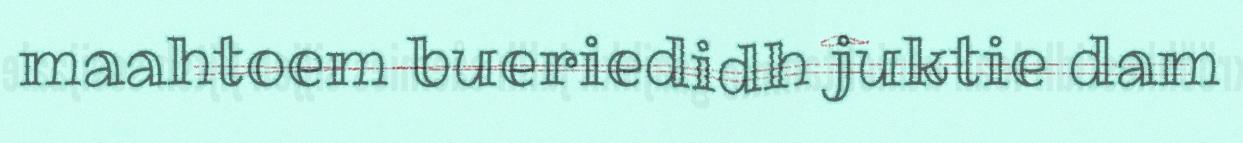
maahtoem bueriedidh juktie dam